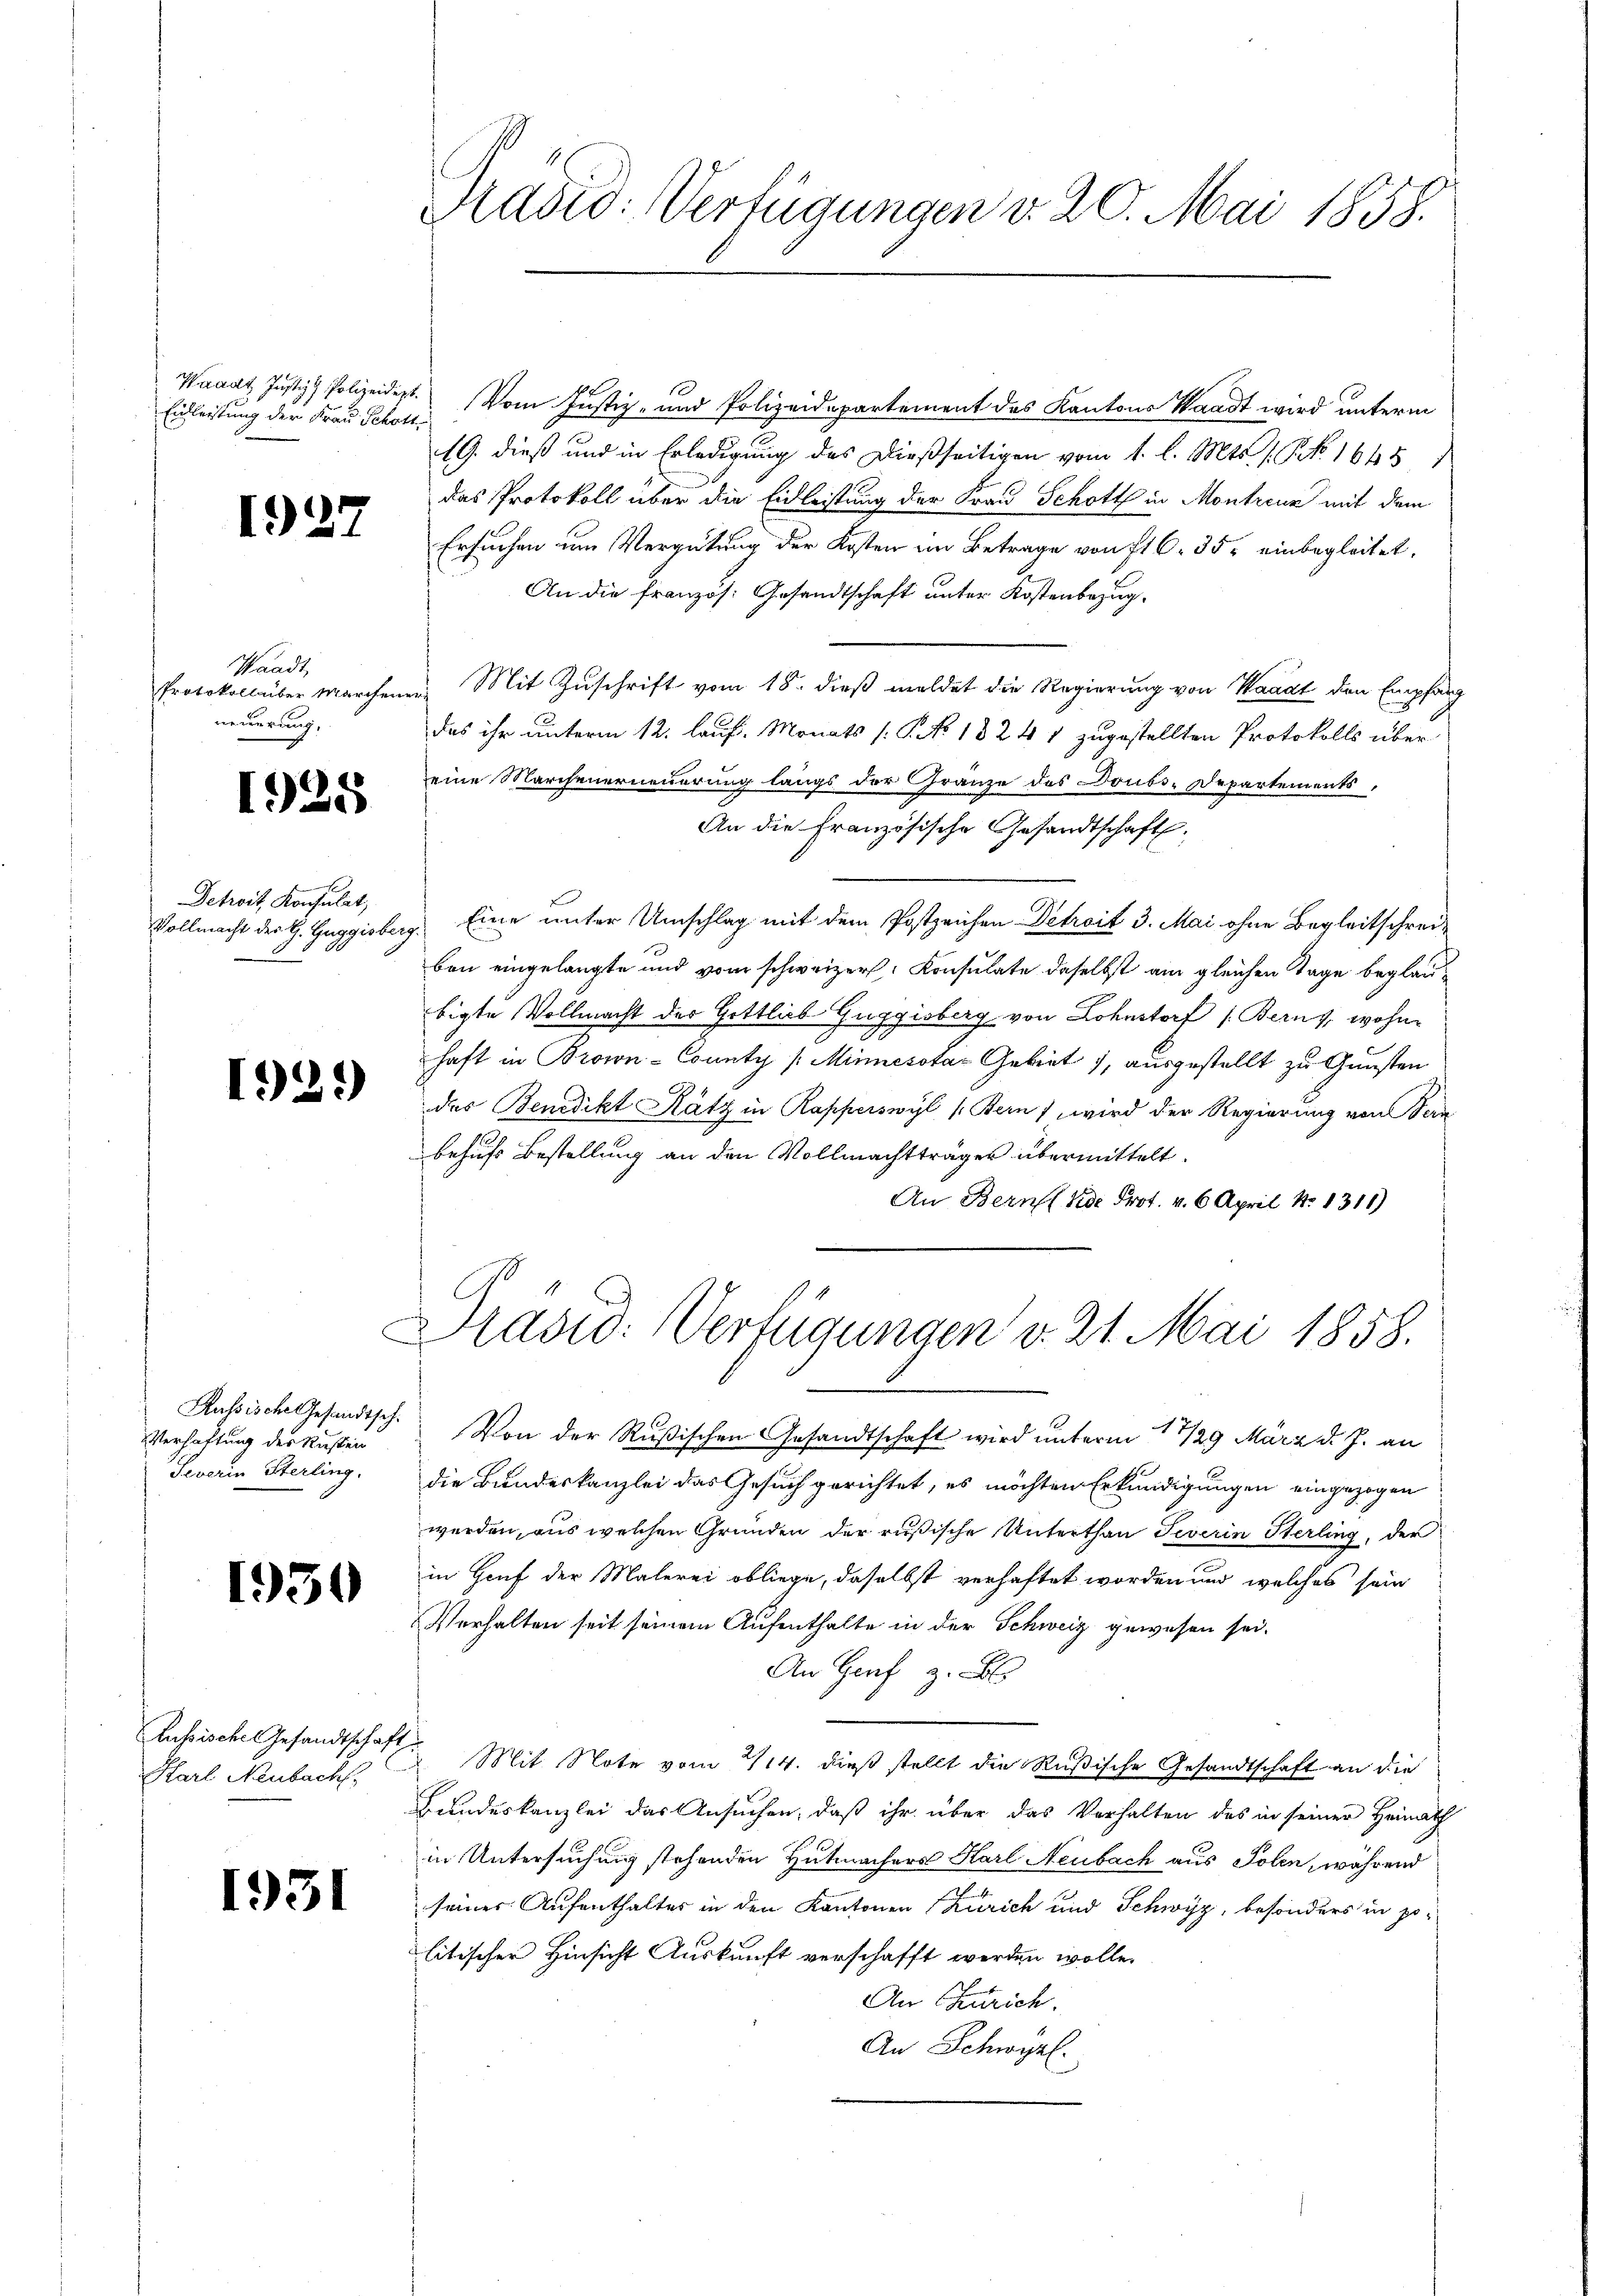
Waadt Justiz & Polizeidigt.
Eidleistung der Frau Schott

1927

Waadt,
Protokoll aber Marchener
neuerung.

1925

Detroit, Konsulat,
Vollmacht der H. Guggisberg

1921)

Russische Gesandtsch.
Verhaftung des Rusten
Severin Sterling.

1950

Russisches Gesandtschaft
Karl Neubach,

1951

Tradid: Verfügungen v. 20. Mai 1858.

f

Vom Justiz- und Polizeidepartement des Kantons Waadt wird unterm
19. dieß und in Erledigung des dießseitigen vom 1. l. Mts. s. No. 16451
das Protokoll über die Eidleistung der Frau Schott in Montreuz mit dem
Ersuchen um Vergütung der Kosten im Betrage von fl C. 35. einbegleitet.
An die französ. Gesandtschaft unter Kostenbezug¬
Mit Zuschrift vom 18. dieß meldet die Regierung von Waadt den Empfang
das ihr unterm 12. lauf. Monats (S. No 1324 1 zugestellten Protokolls über
eine Marchenerneuerung langs der Granze des Doubs-Departements,
An die Französische Gesandtschaft,
Eine unter Umschlag mit dem Postzeichen Detreit 3. Mai ohne Begleitschreiben eingelangte und vom schweizer. Konsulate daselbst am gleichen Tage beglaubigte Vollmacht der Gottlieb Guggisberg von Lohnstorf (Berns, wohne
haft in Brown-County /: Minnesstaz Gebret), ausgestellt zu Gunsten
das Benedikt Rätz in Rapperswyl (Bern) wird der Regierung von Bern
behufs Bestellung an den Vollmachtträger übermittelt.
An Bern K. Prot. v. 6. April No 1316)

Drasid: Verfügungen v. 21. Mai 1858.

Von der Rußischen Gesandtschaft wird unterm 17/29 März d. J. an
die Bundeskanzlei das Gesuch gerichtet, es möchten Erkundigungen eingezogen
werden, aus welchen Gründen der rusische Unterthan Jeverin Sterling, der
in Houf der Malerei obliege, daselbst verhaftet worden und welches sein
Verhalten seit seinem Aufenthalte in der Schweiz gewesen sei.
An Graf z. B.
 Mit Note vom 14. dieß stellt die Rußische Gesandtschaft an die
Bundeskanzlei das Ansuchen, daß ihr über das Verhalten des in seiner Heimath
in Untersuchung stehenden Hutmachers Karl Neubach aus Polen, während
seines Aufenthaltes in den Kantonen Zürich und Schwyz, besonders in politischer Hinsicht Auskunft verschafft werden wolle.
An Zürich.
An Schwyzl.